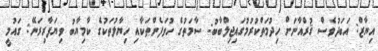
އިޔާޒް: އަބަދުވެސް ޤުރްއާނަށް ހިދުމަތްކުރުމުގައިޖިލްބާބު: ސާމަތުގެ ހުވަފެންތަކާއި ހިޔާލުތަކުގެ ކާމިޔާބު ވިޔަފާރިރަނޭ: ގައުމީ